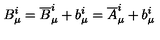
B _ { \mu } ^ { i } = { \overline { B } } _ { \mu } ^ { i } + b _ { \mu } ^ { i } = { \overline { A } } _ { \mu } ^ { i } + b _ { \mu } ^ { i }